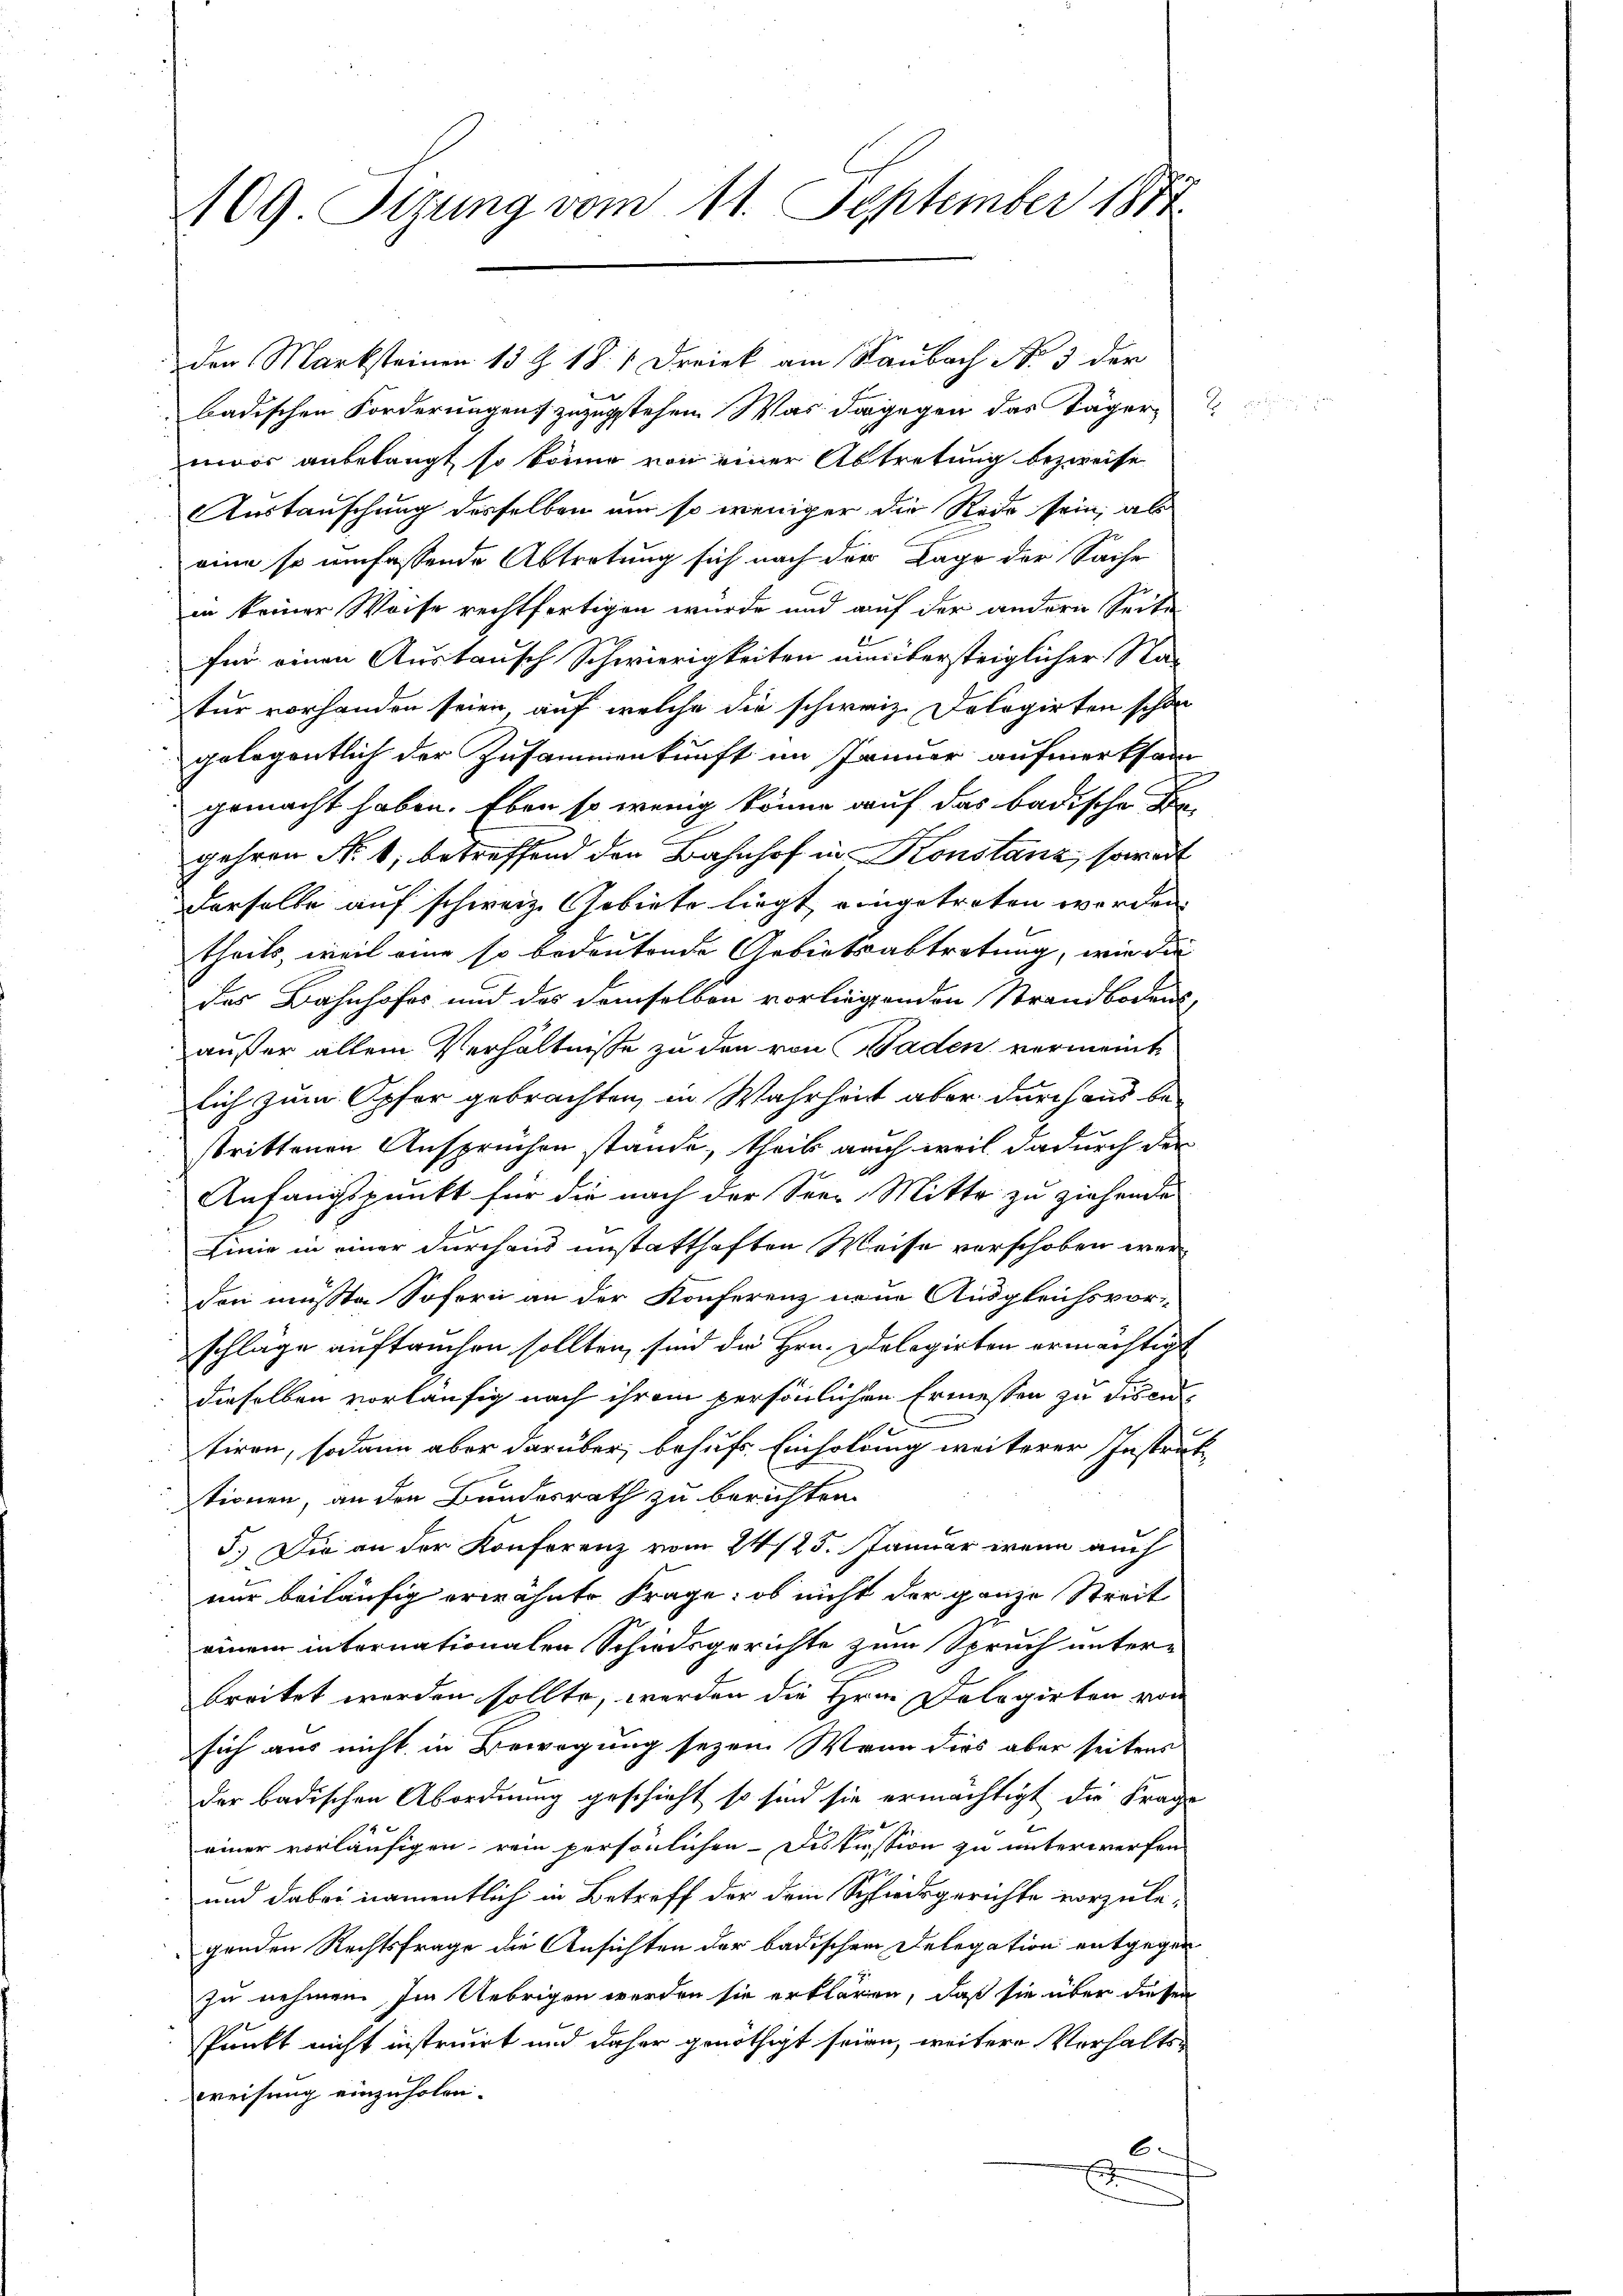
109 Sizung vom 11. September 1872

badischen Forderungen zuzustehen. Was dagegen das Tägermoor anbelangt, so könne von einer Abtretung bezweife
Austauschung desselben um so weniger die Rede sein, als
eine so umfassende Abtretung sich nach der Lage der Sache
in keiner Weise rechtfertigen würde und auf der andern Seite
für einen Austausch Schwierigkeiten untersteiglicher Sta-
tur vorhanden seien, auf welche die schweiz. Delegirten schon
gelegentlich der Zusammenkunft im Januar aufmerksam
gemacht haben. Eben so wenig könne auf das badische Be-
gehren No. 6, betreffend den Bahnhof in Konstanz, soweit
Derselbe auf schweiz. Gebiete liegt eingetreten werden.
theils, weil eine so bedeutende Gebietsabtretung, wie die
des Bahnhofes und des demselben vorliegenden Strandbodens,
außer allein Verhältnisse zu den von Baden vermeint
lich zum Opfer gebrachten, in Wahrheit aber durch aus be-
strittenen Ansprüchen stände, theil auch weil dadurch der
Anfangspunkt für die nach der Seen Mitte zu ziehende
Linie in einer durchaus unstatthaften Weise verschoben wer¬
Den müsste Sofern an der Konferenz neue Ausgleichsvor-
schläge auftrechen sollten, sind die Hrn. Delegirten ermächtigt
: dieselben vorläufig nach ihrem persönlichen Ermessen zu disen,
tiren, sodann aber darüber, behufs Einholung weiterer Instru-
Stionen, an den Bundesrath zu berichten.
5.) Die an der Konferenz vom 24./25. Januar wenn auch
nur beiläufig erwähnte Frage: ob nicht der ganze Streit
einem internationalen Schiedsgerichte zum Spruch unter-
breitet worden sollte, werden die Hrn Delegirten von
sich aus nicht in Bewegung seyen. Wenn dies aber seitens
der badischen Abordnung geschieht so sind sie ermächtigt die Frage
einer vorläufigen rein persönlichen Diskussion zu unterwerfen
und dabei namentlich in Betreff der dem Schiedsgerichte vorzulegenden Rechtsfrage die Ansichten der badischen Delegation entgegen
zu nehmen. Im Uebrigen werden sie erklären, daß sie über diesen
Punkt nicht instruirt und daher genöthigt seien, weitere Verhalts-
weisung einzuholen.
6.
d

den Marksteinen 13 Z. 18. / Dreiek am Raubach No. 3 der

E
1